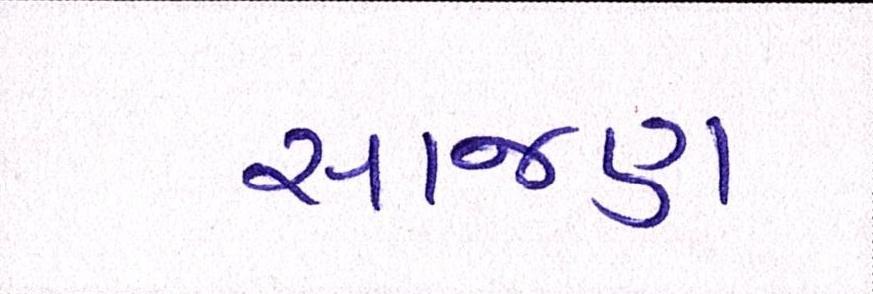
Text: સાજણ